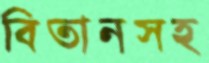
বিতানসহ